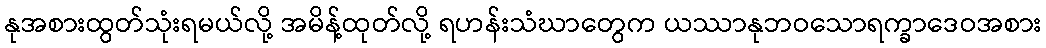
နုအစားထွတ်သုံးရမယ်လို့ အမိန့်ထုတ်လို့ ရဟန်းသံဃာတွေက ယဿာနုဘဝသောရက္ခာဒေဝအစား